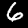
Label: 6